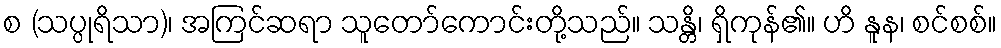
စ (သပ္ပုရိသာ)၊ အကြင်ဆရာ သူတော်ကောင်းတို့သည်။ သန္တိ၊ ရှိကုန်၏။ ဟိ နူန၊ စင်စစ်။